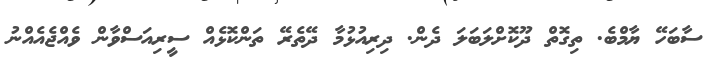
ސާބަހޭ ޔާމްބެ. ތިގޮތް ދޫކޮށްލަބަލަ ދެން. ދިރިއުޅުމާ ދޭތެރޭ ތަންކޮޅެއް ސީރިއަސްވާން ވެއްޖެއެއްނު